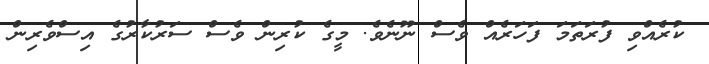
ކުރެއްވި ފުރަތަމަ ފަހަރެއް ވެސް ނޫނެވެ. މީގެ ކުރިން ވެސް ސަރުކާރުގެ އިސްވެރިން